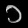
Digit: ၁